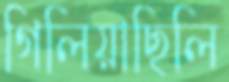
গিলিয়াছিলি